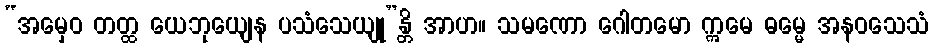
“အမှေဝ တတ္ထ ယေဘုယျေန ပသံသေယျု”န္တိ အာဟ။ သမဏော ဂေါတမော ဣမေ ဓမ္မေ အနဝသေသံ